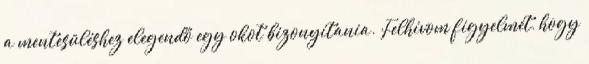
a mentesüléshez elegendő egy okot bizonyítania. Felhívom figyelmét, hogy